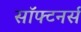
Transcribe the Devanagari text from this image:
सॉफ्टनर्स